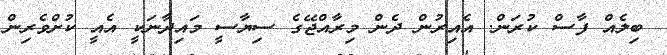
ބިލެއް ފާސް ކުރަން. އެއިރުން ދެން މިރާއްޖޭގެ ސިޔާސީ މައިދާނަކީ އެއީ ކުށްވެރިން